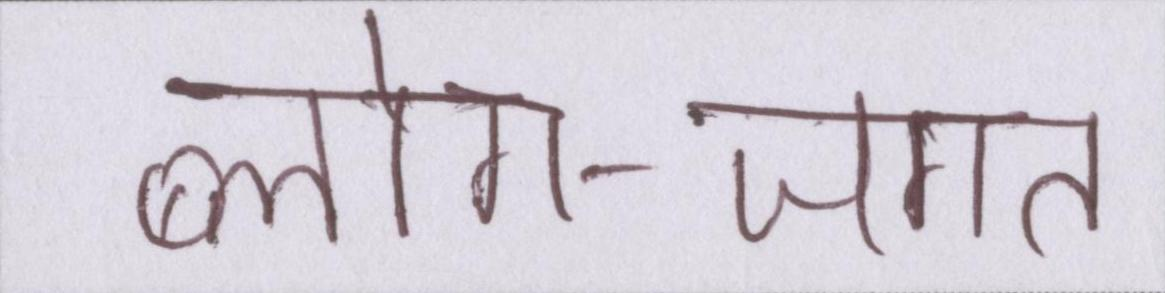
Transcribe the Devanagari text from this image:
ब्लोग-जगत